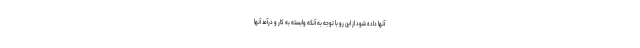
آنها داده شود از این رو با توجه به آنکه وابسته به کار و درآمد آنها